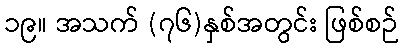
၁၉။ အသက် (၇၆)နှစ်အတွင်း ဖြစ်စဉ်